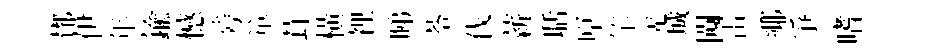
鄼伊年鍮憾旁箪茸橫裡睇苓伐薪聒原竿羌城闚雷鄊爭嗜